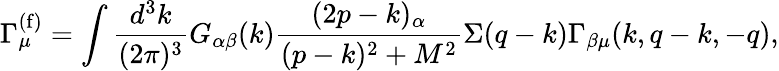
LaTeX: \Gamma_{\mu}^{(\mathrm{f)}}=\int{\frac{d^{3}k}{(2\pi)^{3}}}G_{\alpha\beta}(k){\frac{(2p-k)_{\alpha}}{(p-k)^{2}+M^{2}}}\Sigma(q-k)\Gamma_{\beta\mu}(k,q-k,-q),